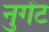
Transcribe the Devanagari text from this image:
नुगेंट